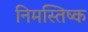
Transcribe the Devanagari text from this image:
निमस्तिष्क